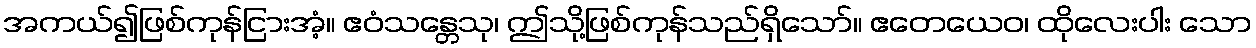
အကယ်၍ဖြစ်ကုန်ငြားအံ့။ ဧဝံသန္တေသု၊ ဤသို့ဖြစ်ကုန်သည်ရှိသော်။ ဧတေယေဝ၊ ထိုလေးပါး သော